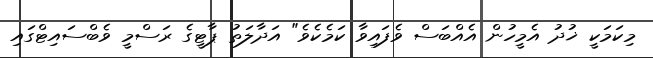
މިކަމަކީ ޚުދު އެމީހުން އެއްބަސް ވެފައިވާ ކަމެކެވެ" އަދާލަތު ޕާޓީގެ ރަސްމީ ވެބްސައިޓްގައި